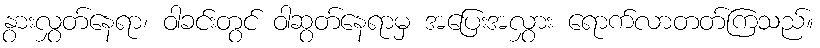
နွားလွှတ်နေရာ၊ ဝါခင်းတွင် ဝါဆွတ်နေရာမှ အပြေးအလွှား ရောက်လာတတ်ကြသည်။